Annual report on the working of the lock hospitals in the Central Provinces
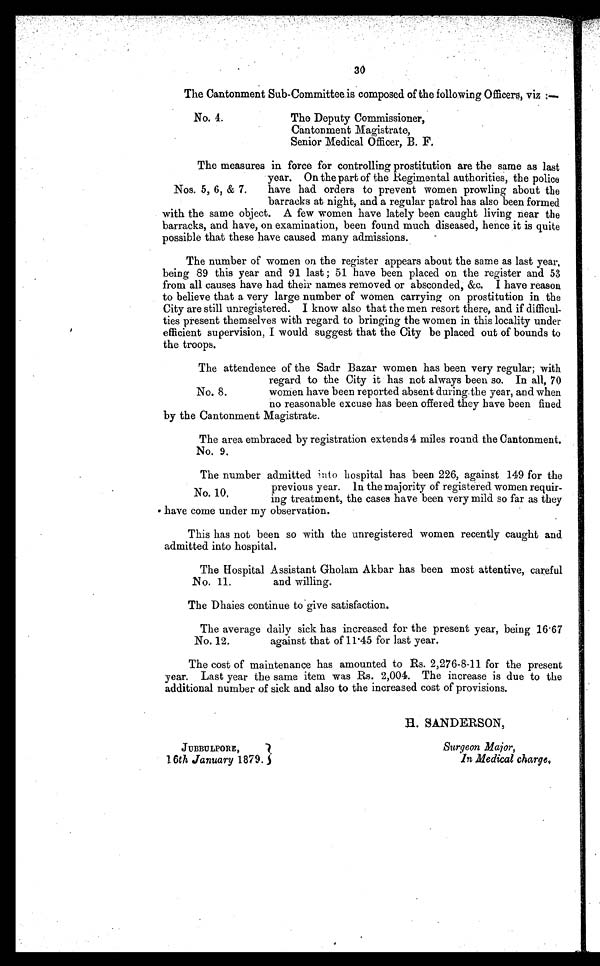
The Hospital Assistant Gholam Akbar has been most attentive, careful
and willing.
No. 11.
The average daily sick has increased for the present year, being 16.67
against that of 11 45 for last year.
No. 12.
JUBBULPORE,
16th January 1879.
Surgeon Major,
In Medical charge.
30
The Cantonment Sub-Committee is composed of the following Officers, viz :–
No. 4.
The Deputy Commissioner,
Cantonment Magistrate,
Senior Medical Officer, B. F.
The measures in force for controlling prostitution are the same as last
year. On the part of the Regimental authorities, the police
have had orders to prevent women prowling about the
barracks at night, and a regular patrol has also been formed
with the same object. A few women have lately been caught living near the
barracks, and have, on examination, been found much diseased, hence it is quite
possible that these have caused many admissions.
The number of women on the register appears about the same as last year,
being 89 this year and 91 last ; 51 have been placed on the register and 53
from all causes have had their names removed or absconded, &c. I have reason
to believe that a very large number of women carrying on prostitution in the
City are still unregistered. I know also that the men resort there, and if difficul-
ties present themselves with regard to bringing the women in this locality under
efficient supervision, I would suggest that the City be placed out of bounds to
the troops.
The attendence of the Sadr Bazar women has been very regular; with
regard to the City it has not always been so. In all, 70
women have been reported absent during the year, and when
no reasonable excuse has been offered they have been fined
by the Cantonment Magistrate.
The area embraced by registration extends 4 miles round the Cantonment.
No. 9.
Nos. 5, 6, & 7.
No. 8.
The number admitted into hospital has been 226, against 149 for the
previous year. In the majority of registered women requir-
ing treatment, the cases have been very mild so far as they
have come under my observation.
No. 10.
This has not been so with the unregistered women recently caught and
admitted into hospital.
The Dhaies continue to give satisfaction.
The cost of maintenance has amounted to Rs. 2,276-8-11 for the present
year. Last year the same item was Rs. 2,004. The increase is due to the
additional number of sick and also to the increased cost of provisions.
H. SANDERSON,